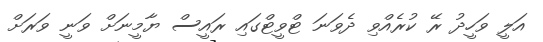
އަލީ ވަހީދު ރޭ ކުރެއްވި ދެވަނަ ޓްވީޓްގައި ރައީސް ޔާމީނަށް ވަނީ ވަރަށް